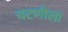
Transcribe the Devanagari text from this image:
चटणीला